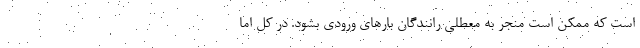
است که ممکن است منجر به معطلی رانندگان بارهای ورودی بشود. در کل اما